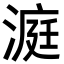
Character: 𪶹